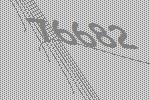
76682